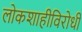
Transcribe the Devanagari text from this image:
लोकशाहीविरोधी